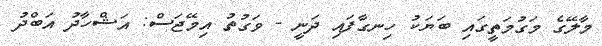
މާލޭގެ މަގުމަތީގައި ބަޔަކު ހިނގާފައި ދަނީ - ވަގުތު އިމޭޖަސް: އަޝްހާދު އަބްދު